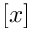
[ x ]